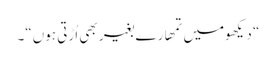
“ دیکھومیں تمھارے بغیر بھی اُڑتی ہوں“۔